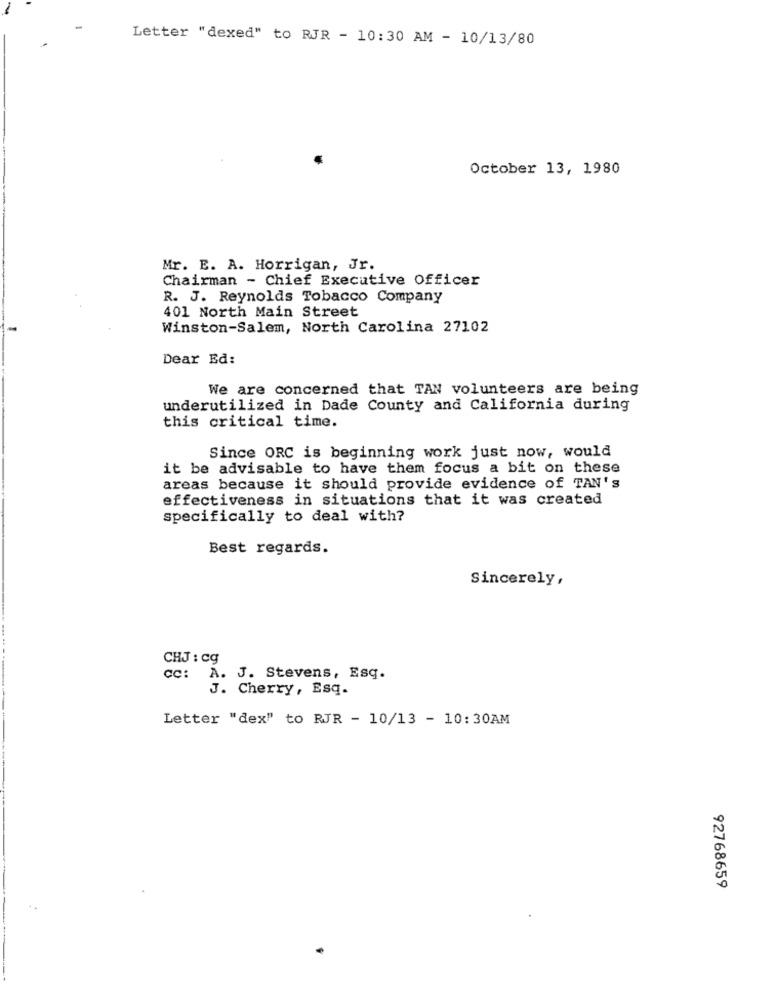
Letter "dexed" to RJR - 10:30 AM - 10/13/80
October 13, 1980
Mr. E. A. Horrigan, Jr.
Chairman - Chief Executive Officer
R. J. Reynolds Tobacco Company
401 North Main Street
Winston-Salem, North Carolina 27102
Dear Ed:
We are concerned that TAN volunteers are being
underutilized in Dade County and California during
this critical time.
Since ORC is beginning work just now, would
it be advisable to have them focus a bit on these
areas because it should provide evidence of TAN's
effectiveness in situations that it was created
specifically to deal with?
Best regards.
Sincerely,
CHJ : cg
cc: A. J. Stevens, Esq.
J. Cherry, Esq.
Letter "dex" to RJR - 10/13 - 10:30AM
92768659